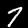
Label: 7